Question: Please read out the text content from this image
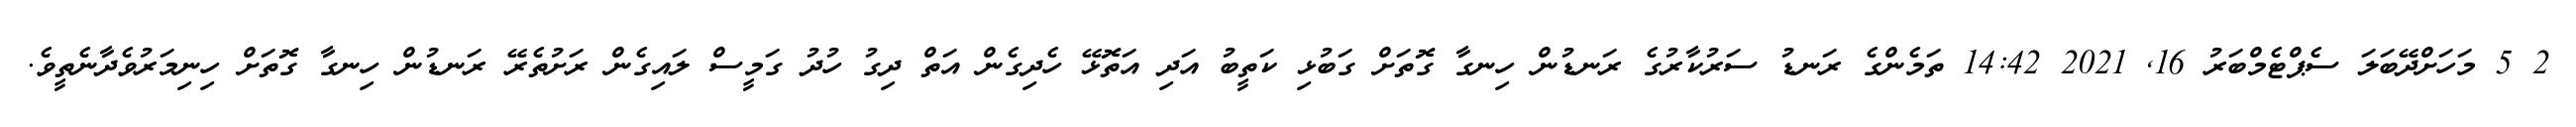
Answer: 2 5 މަހަށްދޭބަލަ ސެޕްޓެމްބަރު 16, 2021 14:42 ތަމެންގެ ރަނޑު ސަރުކާރުގެ ރަނޑުން ހިނގާ ގޮތަށް ގަބުޅި ކަތީބު އަދި އަތޮޅޭ ހެދިގެން އަތް ދިގު ހުދު ގަމީސް ލައިގެން ރަށުތެރޭ ރަނޑުން ހިނގާ ގޮތަށް ހިނިމަރުވެދާނެތީވެ.